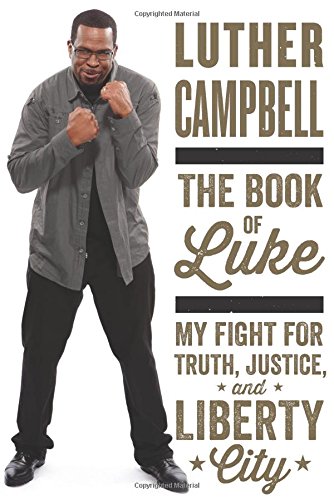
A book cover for The Book of Luke: My Fight for Truth, Justice, and Liberty City; Luther Campbell; Biographies & Memoirs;